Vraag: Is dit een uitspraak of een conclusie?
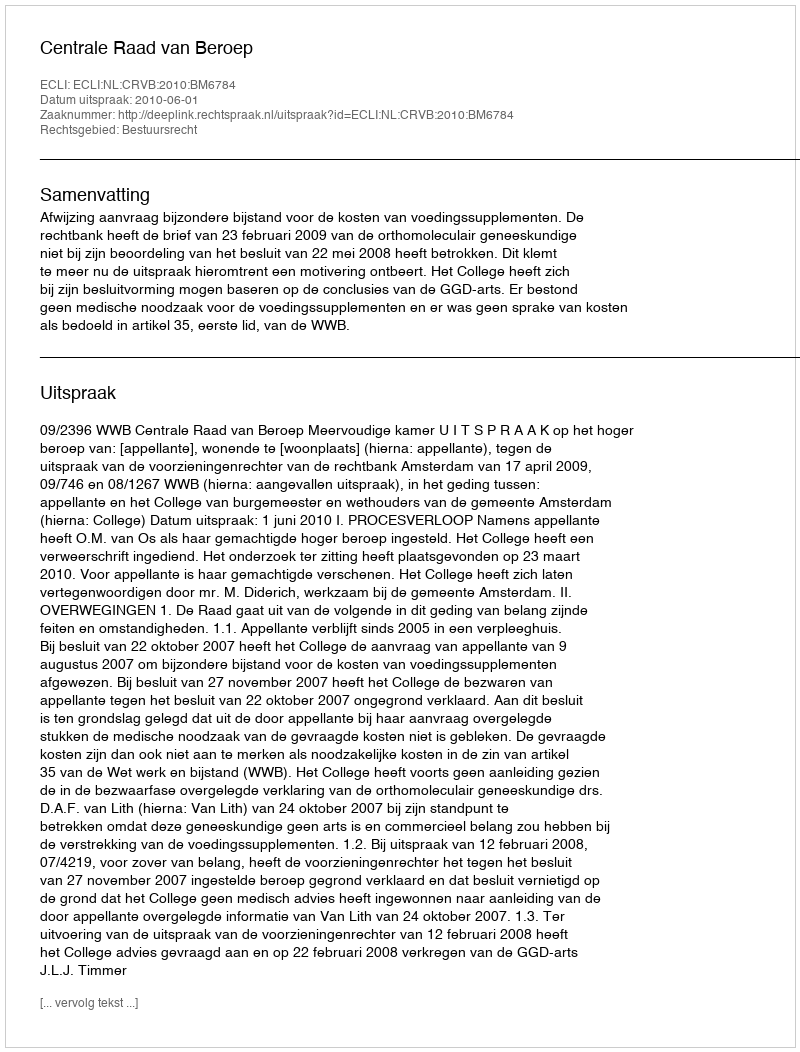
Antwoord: Uitspraak